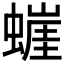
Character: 𰳘